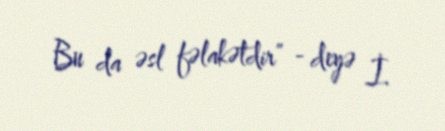
Bu da əsl fəlakətdir” - deyə İ.